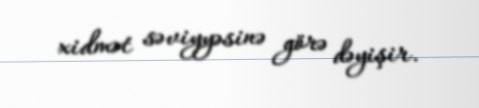
xidmət səviyyəsinə görə dəyişir.